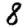
Digit: 8